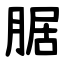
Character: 腒